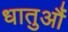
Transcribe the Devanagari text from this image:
धातुऔं